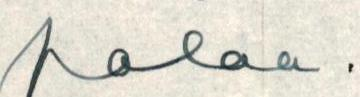
palaa.